Malaria in the Duars
Disease focus: Malaria
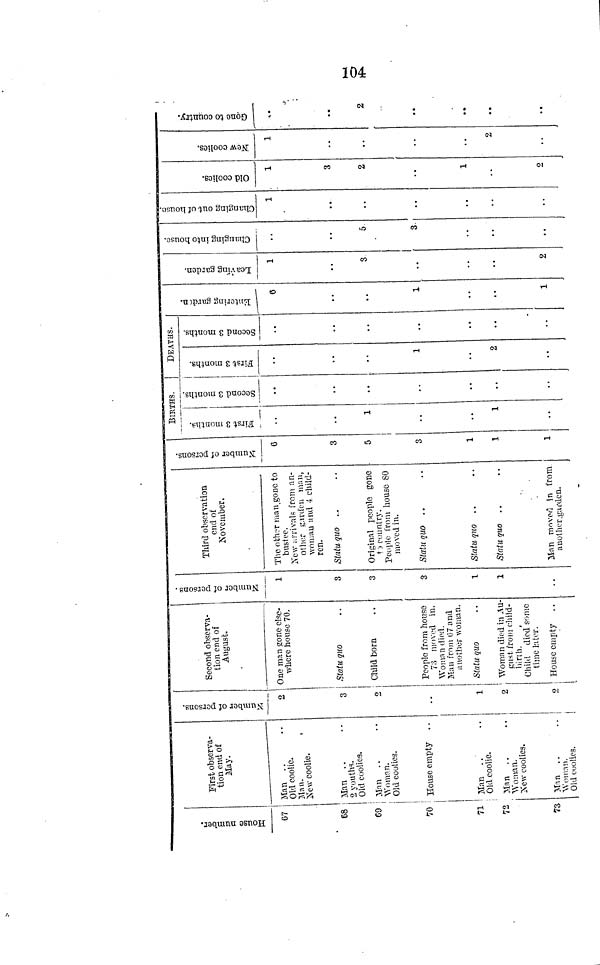
104
House number
67
68
69
70
71
72
73
First observa-
tion end of
May.
Man
Old coolie.
Man.
New coolie.
Man
2 Youths-
Old coolies.
Man
Woman.
Old coolies.
House empty
Man
Old coolie.
Man . .
Woman.
New coolies.
Man . .
Woman.
Old coolies.
Number of person
2
3
2
1
2
2
Second observa-
tion end of
August.
One man gone else-
where house 70.
Statu quo
Child born
People from house
73 moved in.
Woman died.
Man from 07 and
another woman.
Statu quo
Woman died in Au-
gust from child-
birth.
Child died sonic
time later.
House empty
Number of person
1
3
3
3
1
1
Third observation
end of
November,
The other man gone to
bustee.
New arrivals from an-
other garden man,
woman and 4 child-
ren.
Statu quo ..
Original people gone
to country.
People from house 80
moved in.
Statu quo
Statu quo
Slatu quo
Man moved in from
another, garden.
Number of person
6
3
5
3
1
1
1
BIRTHS.
First 3 month
1
1
Second 3 months
..
DEATHS.
First 3 months
1
2
Second 3 months
Entering garden
0
1
1
Leaving garden
1
3
2
Changing into house
5
3
Changing out of house
1
Old coolies]
1
3
2
1
2
New coolise
1
2
Gone to country
..
2